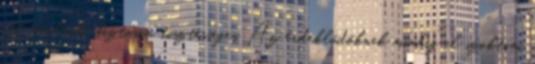
ott mindenki biztosan tisztességes. Az érdeklődőknek mindig el szoktam